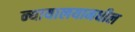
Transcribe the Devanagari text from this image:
न्यायालयामधील